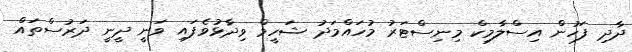
ދާދި ފަހުން އިސްލާމިކް މިނިސްޓަރު މުހައްމަދު ޝަހީމް ވިދާޅުވެފައި ވަނީ ދީނީ ދަރުސްތައް